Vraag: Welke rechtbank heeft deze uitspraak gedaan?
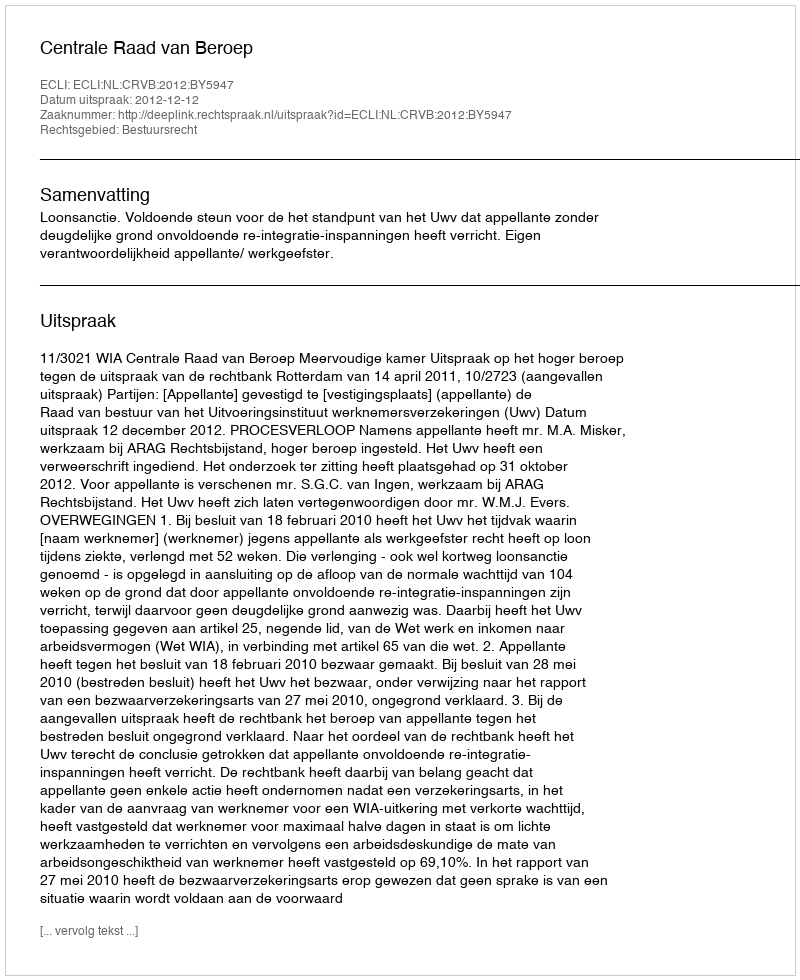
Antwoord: Centrale Raad van Beroep